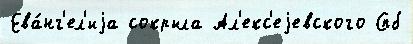
Ева́нг'ел'иjа сокрыла Ал'екс'еjевского Спб